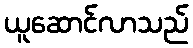
ယူဆောင်လာသည်